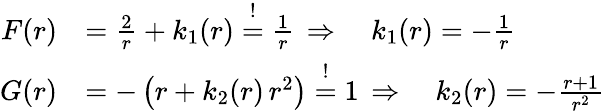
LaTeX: \begin{array}{rl}{F(r)}&{=\frac{2}{r}+k_{1}(r)\overset{!}{=}\frac{1}{r}\, \Rightarrow\quad k_{1}(r)=-\frac{1}{r}}\\ {G(r)}&{=-\left(r+k_{2}(r)\, r^{2}\right)\overset{!}{=}1\, \Rightarrow\quad k_{2}(r)=-{\frac{r+1}{{r}^{2}}}}\end{array}